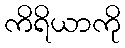
ကိရိယာကို